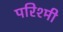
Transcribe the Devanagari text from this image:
परिश्मी